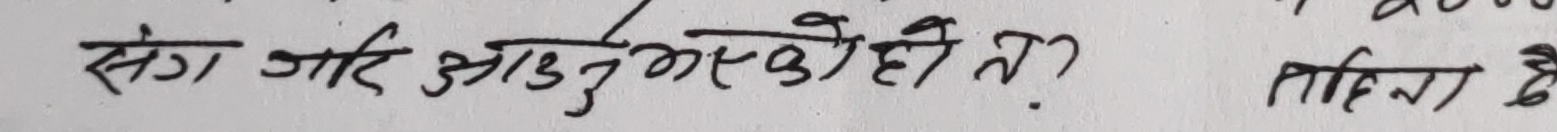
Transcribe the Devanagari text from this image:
सँग जाँदै आउनुभएको हो त ?